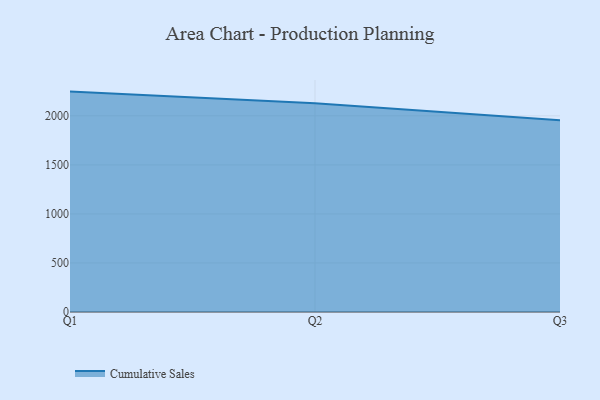
{"axis": {"x": "Quarter", "y": "Headcount"}, "legend": ["Cumulative Sales"], "data": [{"x": "Q1", "y": 2247.1, "type": "Cumulative Sales"}, {"x": "Q2", "y": 2128.9, "type": "Cumulative Sales"}, {"x": "Q3", "y": 1956.0, "type": "Cumulative Sales"}]}